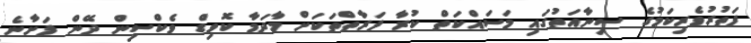
ފަތުރުވެރިކަމުގެ ސިނާއަތުގައި މަސައްކަތް ކުރާ ފަރާތްތަކަށް މާދަމާ ކޮވިޑް ވެކްސިން ދޭން ފަށާނެ